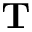
\mathbf { T }